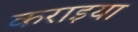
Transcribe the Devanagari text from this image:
कराइया